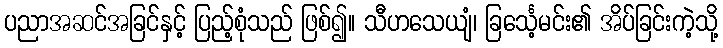
ပညာအဆင်အခြင်နှင့် ပြည့်စုံသည် ဖြစ်၍။ သီဟသေယျံ၊ ခြင်္သေ့မင်း၏ အိပ်ခြင်းကဲ့သို့